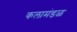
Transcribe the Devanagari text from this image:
कलामंडळ